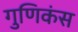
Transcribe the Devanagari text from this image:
गुणिकंस